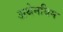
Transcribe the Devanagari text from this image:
अथेनयिम